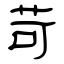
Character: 苛